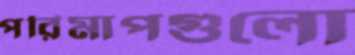
পরিমাপগুলো